Report on sanitation, dispensaries, and jails in Rajputana for 1911, and on vaccination for the year 1911-1912 - 1911-1912
Year: 1911
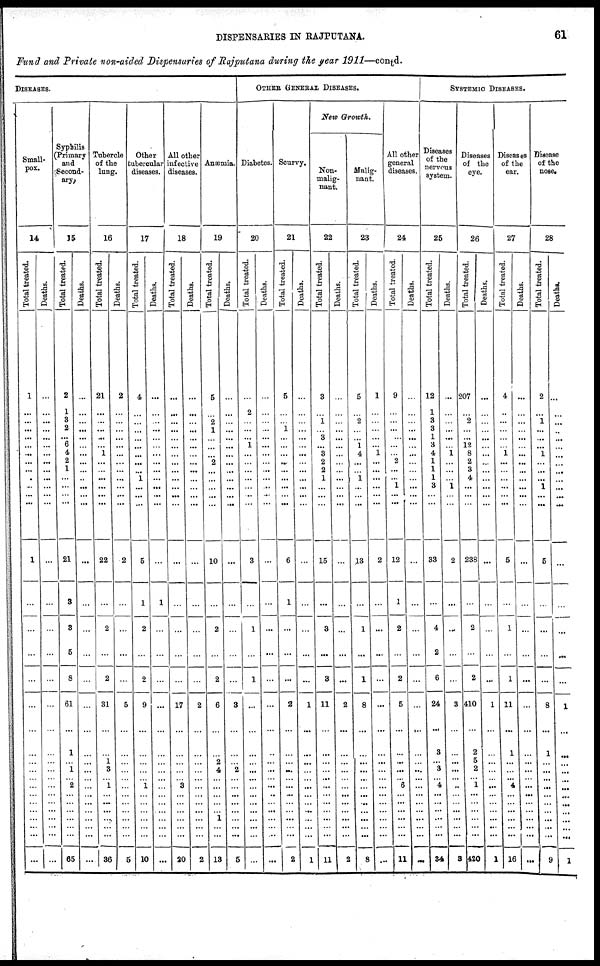
DISPENSARIES IN RAJPUTANA.
61
Fund and Private non-aided Dispensaries of Rajputana during the year 1911—contd.
DISEASES.
Small-
pox.
14
Total treated.
1
...
...
...
...
...
...
...
...
...
...
...
...
1
...
...
...
...
...
...
...
...
...
...
...
...
...
...
...
...
...
...
Deaths.
...
...
...
...
...
...
...
...
...
...
...
...
...
...
...
...
...
...
...
...
...
...
...
...
...
...
...
...
...
...
...
...
Syphilis
(Primary
and
Second-
ary
15
Total treated.
2
1
3
2
...
6
4
2
1
...
...
...
...
21
3
3
5
8
61
...
1
...
1
...
2
...
...
...
...
...
...
65
Deaths.
...
...
...
...
...
...
...
...
...
...
...
...
...
...
...
...
...
...
...
...
...
...
...
...
...
...
...
...
...
...
...
...
Tubercle
of the
lung.
16
Total treated.
21
...
...
...
...
...
1
...
...
...
...
...
...
22
...
2
...
2
31
...
...
1
3
... 1
...
...
...
...
...
...
36
Deaths.
2
...
...
...
...
...
...
...
...
...
...
...
...
2
...
...
...
...
5
...
...
...
...
...
...
...
...
...
...
...
...
5
Other
tubercular
diseases.
17
Total treated.
4
...
...
...
...
...
...
...
...
1
...
...
...
5
1
2
...
2
9
...
...
...
...
... 1
...
...
...
...
...
...
10
Deaths.
...
...
...
...
...
...
...
...
...
...
...
...
...
...
1
...
...
...
...
...
...
...
...
...
...
...
...
...
...
...
...
...
All other
infective
diseases.
18
Total treated.
...
...
...
...
...
...
...
...
...
...
...
...
...
...
...
...
...
...
17
...
...
...
...
... 3
...
...
...
...
...
...
20
Deaths.
...
...
...
...
...
...
...
...
...
...
...
...
...
...
...
...
...
...
2
...
...
...
...
...
...
...
...
...
...
...
...
2
Anæmia.
19
Total treated.
5
...
2
1
...
...
...
2
...
...
...
...
...
10
...
2
...
2
6
...
...
2
4
...
...
...
...
...
1
...
...
13
Deaths.
...
...
...
...
...
...
...
...
...
...
...
...
...
...
...
...
...
...
3
...
...
...
2
...
...
...
...
...
...
...
...
5
OTHER GENERAL DISEASES.
Diabetes.
20
Total treated.
...
2
...
...
...
1
...
...
...
...
...
...
...
3
...
1
...
1
...
...
...
...
...
...
...
...
...
...
...
...
...
...
Deaths.
...
...
...
...
...
...
...
...
...
...
...
...
...
...
...
...
...
...
...
...
...
...
...
...
...
...
...
...
...
...
...
Scurvy.
21
Total treated.
5
...
...
1
...
...
...
...
...
...
...
...
...
6
1
...
...
...
2
...
...
...
...
...
...
...
...
...
...
...
...
2
Deaths.
...
...
...
...
...
...
...
...
...
...
...
...
...
...
...
...
...
...
1
...
...
...
...
...
...
...
...
...
...
...
...
1
New Growth.
Non-
malig-
nant.
22
Total treated.
3
...
1
...
3
...
3
2
2
1
...
...
...
15
...
3
...
3
11
...
...
...
...
...
...
...
...
...
...
...
...
11
Deaths.
...
...
...
...
...
...
...
...
...
...
...
...
...
...
...
...
...
...
2
...
...
...
...
...
...
...
...
...
...
...
...
2
Malig-
nant.
23
Total treated.
5
...
2
...
...
1
4
...
...
1
...
...
...
13
...
1
...
1
8
...
...
...
...
...
...
...
...
...
...
...
...
8
Deaths.
1
...
...
...
...
...
1
...
...
...
...
...
...
2
...
...
...
...
...
...
...
...
...
...
...
...
...
...
...
...
...
...
All other
general
diseases.
24
Total treated.
9
...
...
...
...
...
...
2
...
...
1
...
...
12
1
2
...
2
5
...
...
...
...
...
6
...
...
...
...
...
...
11
Deaths.
...
...
...
...
...
...
...
...
...
...
...
...
...
...
...
...
...
...
...
...
...
...
...
...
...
...
...
...
...
...
...
...
SYSTEMIC DISEASES.
Diseases
of the
nervous
system.
25
Total treated.
12
1
3
3
1
3
4
1
1
1
3
...
...
33
...
4
2
6
24
...
3
...
3
...
4
...
...
...
...
...
...
34
Deaths.
...
...
...
...
...
...
1
...
...
...
1
...
...
2
...
...
...
...
3
...
...
...
...
...
...
...
...
...
...
...
...
3
Diseases
of the
eye.
26
Total treated.
207
...
2
...
...
12
8
2
3
4
...
...
...
238
...
2
...
2
410
...
2
5
2
... 1
...
...
...
...
...
...
420
Deaths.
...
...
...
...
...
...
...
...
...
...
...
...
...
...
...
...
...
...
1
...
...
...
...
...
...
...
...
...
...
...
...
1
Diseases
of the
ear.
27
Total treated.
4
...
...
...
...
...
1
...
...
...
...
...
...
5
...
1
...
1
11
...
1
...
...
...
4
...
...
...
...
...
...
16
Deaths.
...
...
...
...
...
...
...
...
...
...
...
...
...
...
...
...
...
...
...
...
...
...
...
...
...
...
...
...
...
...
...
...
Disease
of the
nose.
28
Total treated.
2
...
1
...
...
...
1
...
...
...
1
...
...
5
...
...
...
...
8
...
1
...
...
...
...
...
...
...
...
...
...
9
Deaths.
...
...
...
...
...
...
...
...
...
...
...
...
...
...
...
...
...
...
1
...
...
...
...
...
...
...
...
...
...
...
...
1